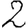
Digit: 2